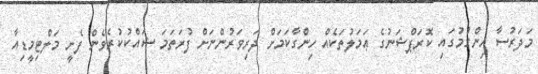
މަދަރުސާ ހިންގުމުގައި ކޮރަޕްޝަނުގެ ޢަމަލުތަކެއް ހިންގާކަމަށް ދަރިވަރުންނަށް ފުރަތަމަ ޝައްކުކުރެވެން ފެށީ މަލްޓިމީޑިއާ